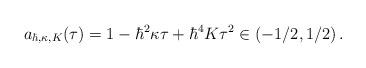
LaTeX: \begin{align*}a_{\hbar,\kappa,K}(\tau) = 1-\hbar^2\kappa\tau + \hbar^4K \tau^2\in(-1/2,1/2)\,.\end{align*}